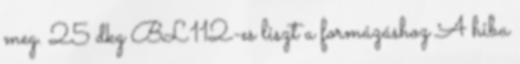
meg. 25 dkg BL112-es liszt a formázáshoz A hiba